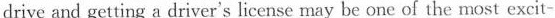
drive and getting a driver's license may be one of the most excit-